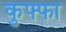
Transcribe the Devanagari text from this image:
कुफ्फा